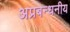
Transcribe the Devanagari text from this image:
अप्रबन्धनीय